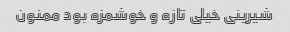
شیرینی خیلی تازه و خوشمزه بود ممنون